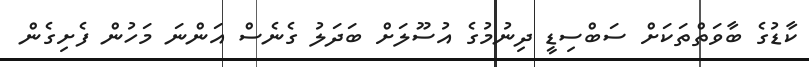
ކާޑުގެ ބާވަތްތަކަށް ސަބްސިޑީ ދިނުމުގެ އުސޫލަށް ބަދަލު ގެނެސް އަންނަ މަހުން ފެށިގެން